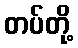
တပ်တို့